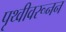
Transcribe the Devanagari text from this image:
पृथ्वीवरूनन